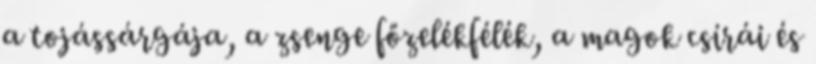
a tojássárgája, a zsenge főzelékfélék, a magok csírái és